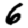
Digit: 6